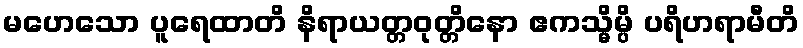
မဟေသော ပူရေထာတိ နိရာယတ္တဝုတ္တိနော ဧကသ္မိမ္ပိ ပရိဟရာမီတိ